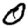
Digit: 0